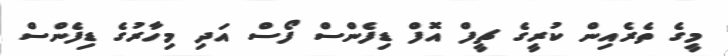
މީގެ ތެރެއިން ކުރީގެ ޗީފް އޮފް ޑިފެންސް ފޯސް އަދި މިހާރުގެ ޑިފެންސް